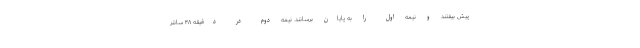
پیش بیفتند و نیمه اول را به پایان برسانند. نیمه دوم در دقیقه ۴۸ سانتر